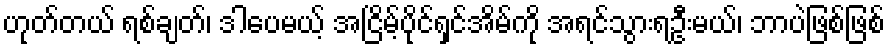
ဟုတ်တယ် ရစ်ချတ်၊ ဒါပေမယ့် အငြိမ့်ပိုင်ရှင်အိမ်ကို အရင်သွားရဦးမယ်၊ ဘာပဲဖြစ်ဖြစ်